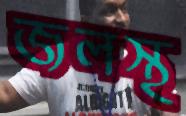
জলস্থ